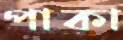
পাকা